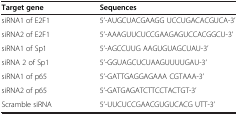
<table><thead><tr><td><b>Target gene</b></td><td><b>Sequences</b></td></tr></thead><tbody><tr><td>siRNA1 of E2F1</td><td>5’-AUGCUACGAAGG UCCUGACACGUCA-3’</td></tr><tr><td>siRNA2 of E2F1</td><td>5’-AAAGUUCUCCGAAGAGUCCACGGCU-3’</td></tr><tr><td>siRNA1 of Sp1</td><td>5’-AGCCUUG AAGUGUAGCUAU-3’</td></tr><tr><td>siRNA 2 of Sp1</td><td>5’-GGUAGCUCUAAGUUUUGAU-3’</td></tr><tr><td>siRNA1 of p65</td><td>5’-GATTGAGGAGAAA CGTAAA-3’</td></tr><tr><td>siRNA2 of p65</td><td>5’-GATGAGATCTTCCTACTGT-3’</td></tr><tr><td>Scramble siRNA</td><td>5’-UUCUCCGAACGUGUCACG UTT-3’</td></tr></tbody></table>